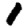
Digit: 1